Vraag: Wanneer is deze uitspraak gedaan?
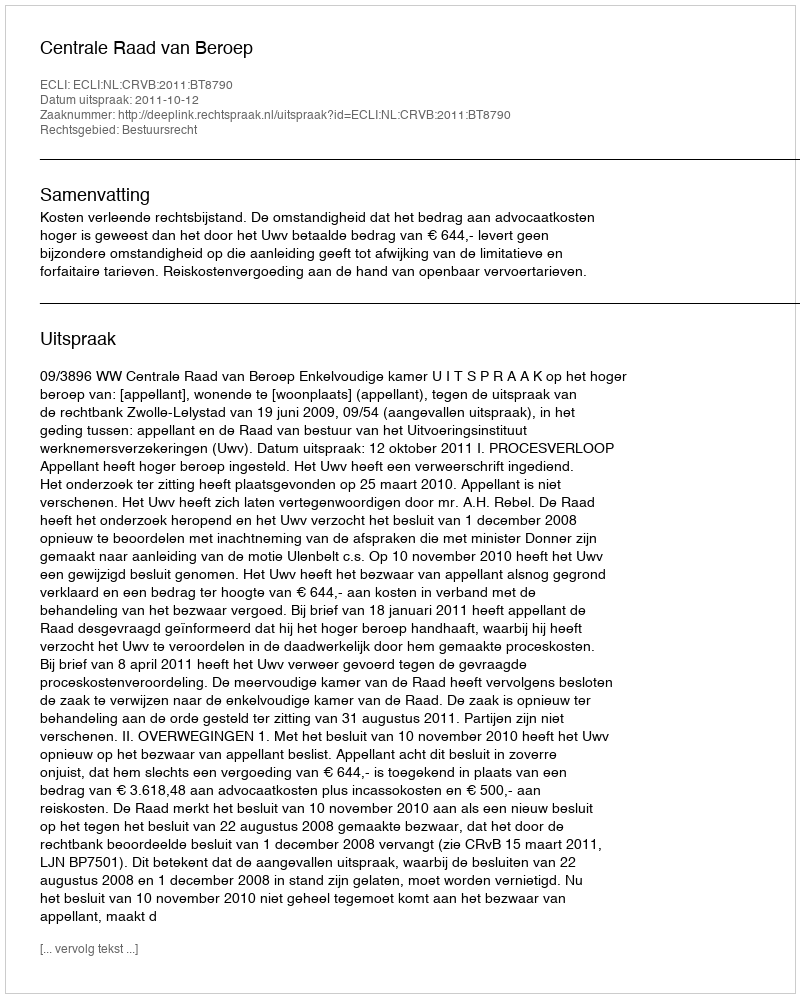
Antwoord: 2011-10-12